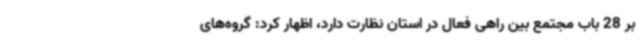
بر 28 باب مجتمع بین راهی فعال در استان نظارت دارد، اظهار کرد: گروه‌های